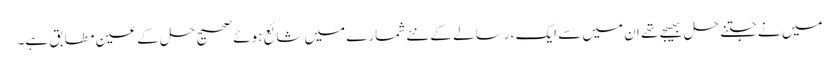
میں نے جتنے حل بھیجے تھے ان میں سے ایک ، رسالے کے نئے شمارے میں شائع ہوئے صحیح حل کے عین مطابق ہے۔